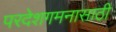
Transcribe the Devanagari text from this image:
परदेशगमनासाठी